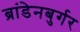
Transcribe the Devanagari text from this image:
ब्रांडेनबुर्गर